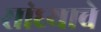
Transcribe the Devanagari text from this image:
सांध्याचे